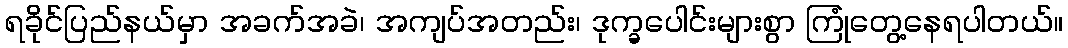
ရခိုင်ပြည်နယ်မှာ အခက်အခဲ၊ အကျပ်အတည်း၊ ဒုက္ခပေါင်းများစွာ ကြုံတွေ့နေရပါတယ်။